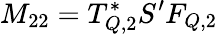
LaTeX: M_{22}=T_{Q,2}^{*}S^{\prime}F_{Q,2}